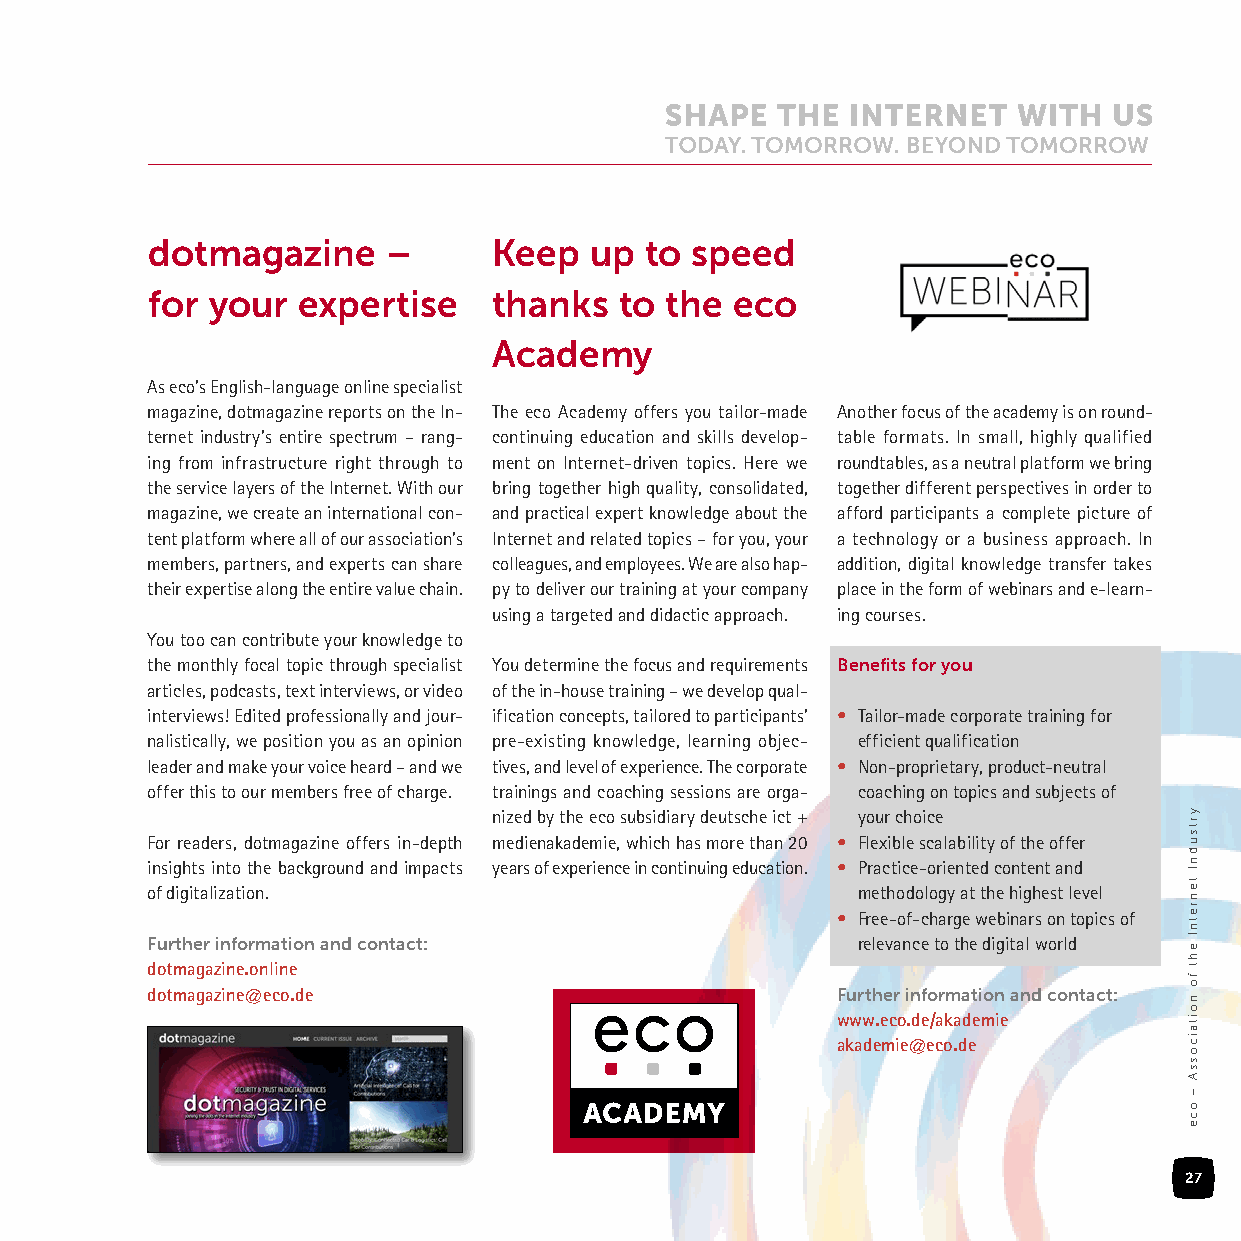
dotmagazine     –      Keep  up  to speed
 for your  expertise    thanks  to the  eco
 Academy
 As eco’s English-language online specialist
 magazine, dotmagazine reports on the In- The eco Academy offers you tailor-made Another focus of the academy is on round-
 ternet industry’s entire spectrum – rang- continuing education and skills develop- table formats. In small, highly qualified
 ing from infrastructure right through to ment on Internet-driven topics. Here we roundtables, as a neutral platform we bring
 the service layers of the Internet. With our bring together high quality, consolidated, together different perspectives in order to
 magazine, we create an international con- and practical expert knowledge about the afford participants a complete picture of
 tent platform where all of our association’s Internet and related topics – for you, your a technology or a business approach. In
 members, partners, and experts can share colleagues, and employees. We are also hap- addition, digital knowledge transfer takes
 their expertise along the entire value chain. py to deliver our training at your company place in the form of webinars and e-learn-
 using a targeted and didactic approach. ing courses.
 You too can contribute your knowledge to
 the monthly focal topic through specialist You determine the focus and requirements Benefits for you
 articles, podcasts, text interviews, or video of the in-house training – we develop qual-
 interviews! Edited professionally and jour- ification concepts, tailored to participants’ • Tailor-made corporate training for
 nalistically, we position you as an opinion pre-existing knowledge, learning objec- efficient qualification
 leader and make your voice heard – and we tives, and level of experience. The corporate • N on-proprietary, product-neutral
 offer this to our members free of charge. trainings and coaching sessions are orga- coaching on topics and subjects of
 nized by the eco subsidiary deutsche ict + your choice
 For readers, dotmagazine offers in-depth medienakademie, which has more than 20 • Flexible scalability of the offer
 insights into the background and impacts years of experience in continuing education. • Practice-oriented content and
 of digitalization.                             methodology at the highest level
 • Free-of-charge webinars on topics of
 Further information and contact:               relevance to the digital world
 dotmagazine.online
 dotmagazine@eco.de                           Further information and contact:
 www.eco.de/akademie
 akademie@eco.de
 27
 yrtsudnI
 tenretnI
 eht
 fo
 noitaicossA
 –
 oce